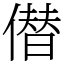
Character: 僣